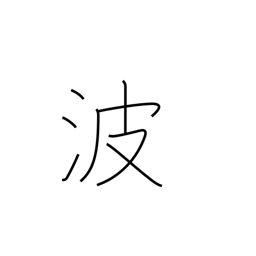
Meaning: Poland